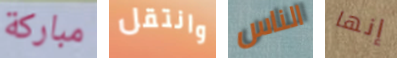
مباركة وانتقل الناس إنها